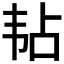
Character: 𬰳